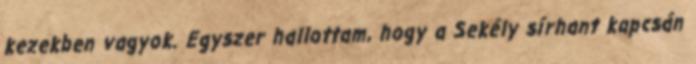
kezekben vagyok. Egyszer hallottam, hogy a Sekély sírhant kapcsán